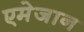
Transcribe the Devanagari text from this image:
एमेजान